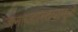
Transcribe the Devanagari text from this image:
जनाग्रहास्तवामुळे